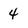
Character: 4